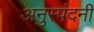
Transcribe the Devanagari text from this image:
अनुस्पंदनी